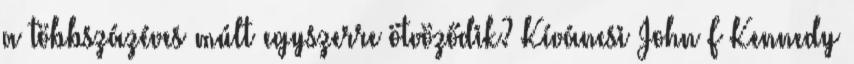
a többszázéves múlt egyszerre ötvöződik? Kíváncsi John F Kennedy